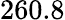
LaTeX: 260.8